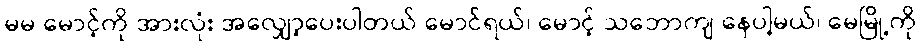
မမ မောင့်ကို အားလုံး အလျှော့ပေးပါတယ် မောင်ရယ်၊ မောင့် သဘောကျ နေပါ့မယ်၊ မေမြို့ကို